Vaccination in Bombay 1924-1928 - 1924-1928
Year: 1924
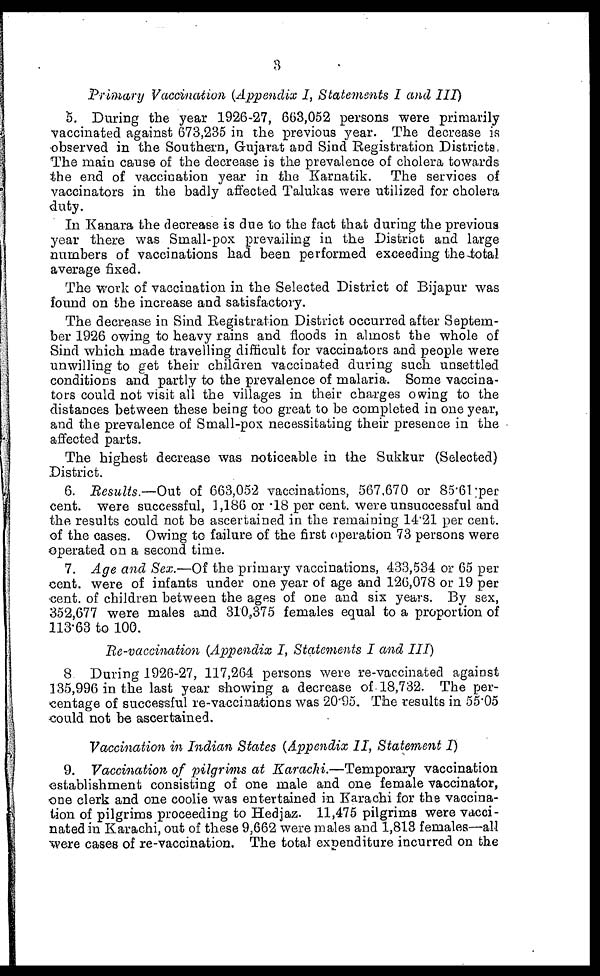
3
Primary Vaccination (Appendix I, Statements I and III)
5. During the year 1926-27, 663,052 persons were primarily
vaccinated against 673,235 in the previous year. The decrease is
observed in the Southern, Gujarat and Sind Registration Districts.
The main cause of the decrease is the prevalence of cholera towards
the end of vaccination year in the Karnatik. The services of
vaccinators in the badly affected Talukas were utilized for cholera
duty.
In Kanara the decrease is due to the fact that during the previous
year there was Small-pox prevailing in the District and large
numbers of vaccinations had been performed exceeding the total
average fixed.
The work of vaccination in the Selected District of Bijapur was
found on the increase and satisfactory.
The decrease in Sind Registration District occurred after Septem-
ber 1926 owing to heavy rains and floods in almost the whole of
Sind which made travelling difficult for vaccinators and people were
unwilling to get their children vaccinated during such unsettled
conditions and partly to the prevalence of malaria. Some vaccina-
tors could not visit all the villages in their charges owing to the
distances between these being too great to be completed in one year,
and the prevalence of Small-pox necessitating their presence in the
affected parts.
The highest decrease was noticeable in the Sukkur (Selected)
District.
6. Results.—Out of 663,052 vaccinations, 567,670 or 85.61 per
cent. were successful, 1,186 or .18 per cent. were unsuccessful and
the results could not be ascertained in the remaining 14.21 per cent.
of the cases. Owing to failure of the first operation 73 persons were
operated on a second time.
7. Age and Sex.—Of the primary vaccinations, 433,534 or 65 per
cent. were of infants under one year of age and 126,078 or 19 per
cent. of children between the ages of one and six years. By sex,
352,677 were males and 310,375 females equal to a proportion of
113.63 to 100.
Re-vaccination (Appendix I, Statements I and III)
8. During 1926-27, 117,264 persons were re-vaccinated against
135,996 in the last year showing a decrease of 18,732. The per-
centage of successful re-vaccinations was 20.95. The results in 55.05
could not be ascertained.
Vaccination in Indian States (Appendix II, Statement I)
9. Vaccination of pilgrims at Karachi.—Temporary vaccination
establishment consisting of one male and one female vaccinator,
one clerk and one coolie was entertained in Karachi for the vaccina-
tion of pilgrims proceeding to Hedjaz. 11,475 pilgrims were vacci-
nated in Karachi, out of these 9,662 were males and 1,813 females—all
were cases of re-vaccination. The total expenditure incurred on the